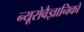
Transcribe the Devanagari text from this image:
न्यूरोवैज्ञानिकों